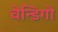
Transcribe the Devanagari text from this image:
वेन्डिगो